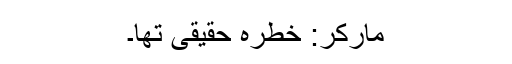
مارکر: خطرہ حقیقی تھا۔